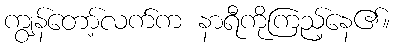
ကျွန်တော့်လက်က နာရီကိုကြည့်နေ၏။